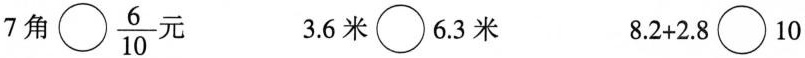
$$7角\bigcirc \frac{6}{10}元$$ $$3.6米\bigcirc 6.3米$$ $$8.2+2.8\bigcirc 10$$